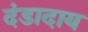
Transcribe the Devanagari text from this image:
दंडादाय